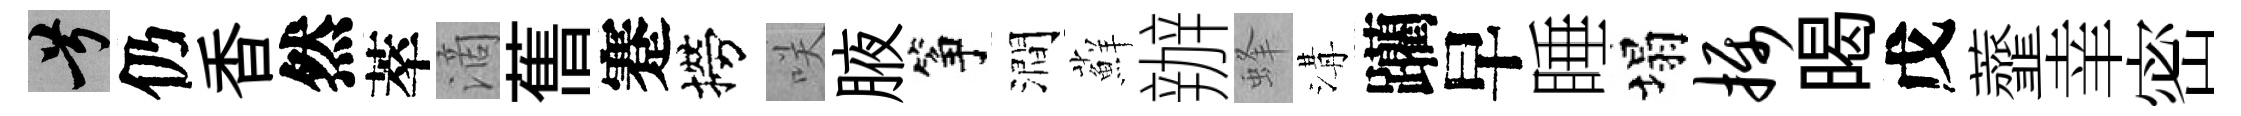
兮仍香然萃滴𦾔蹇撈咲腋筝澗蘚辦蜂溝躪早睡塌摄暍戊虀𦍒密